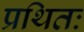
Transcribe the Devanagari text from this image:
प्रथितः